Vaccine operations Central Provinces & Berar 1922-1929 - 1922-1929
Year: 1922
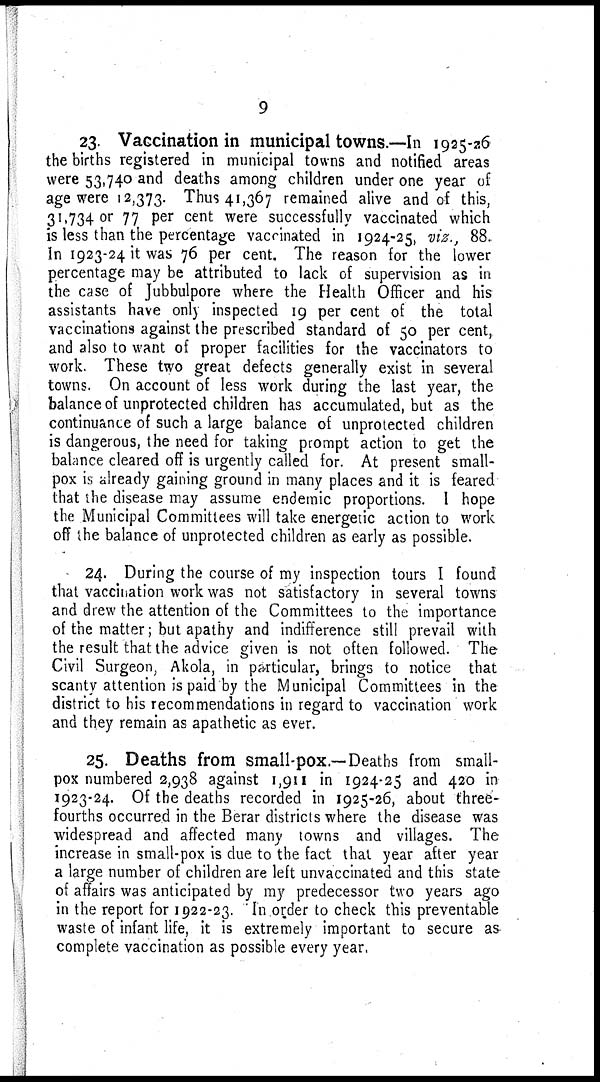
9
23. Vaccination in municipal towns.—In 1925-26
the births registered in municipal towns and notified areas
were 53,740 and deaths among children under one year of
age were 12,373. Thus 41,367 remained alive and of this,
31,734 or 77 per cent were successfully vaccinated which
is less than the percentage vaccinated in 1924-25, viz. 88
In 1923-24 it was 76 per cent. The reason for the lower
percentage may be attributed to lack of supervision as in
the case of Jubbulpore where the Health Officer and his
assistants have only inspected 19 per cent of the total
vaccinations against the prescribed standard of 50 per cent,
and also to want of proper facilities for the vaccinators to
work. These two great defects generally exist in several
towns. On account of less work during the last year, the
balance of unprotected children has accumulated, but as the
continuance of such a large balance of unprotected children
is dangerous, the need for taking prompt action to get the
balance cleared off is urgently called for. At present small-
pox is already gaining ground in many places and it is feared
that the disease may assume endemic proportions. I hope
the Municipal Committees will take energetic action to work
off the balance of unprotected children as early as possible.
24. During the course of my inspection tours I found
that vaccination work was not satisfactory in several towns
and drew the attention of the Committees to the importance
of the matter; but apathy and indifference still prevail with
the result that the advice given is not often followed. The
Civil Surgeon, Akola, in particular, brings to notice that
scanty attention is paid by the Municipal Committees in the
district to his recommendations in regard to vaccination work
and they remain as apathetic as ever.
25. Deaths from small-pox.—Deaths from small-
pox numbered 2,938 against 1,911 in 1924-25 and 420 in
1923-24. Of the deaths recorded in 1925-26, about three-
fourths occurred in the Berar districts where the disease was
widespread and affected many towns and villages. The
increase in small-pox is due to the fact that year after year
a large number of children are left unvaccinated and this state
of affairs was anticipated by my predecessor two years ago
in the report for 1922-23. In order to check this preventable
waste of infant life, it is extremely important to secure as
complete vaccination as possible every year.